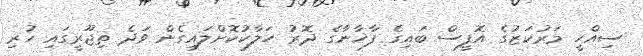
ސިއްހީ މަރުކަޒުގެ އޮފީސް ބައިގެ ފާޚާނާގެ ދޮރު ހަލާކުކޮށްލައިގެން ވަދެ ތިޖޫރީގައި ހުރި